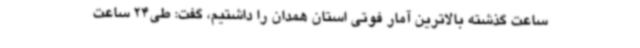
ساعت گذشته بالاترین آمار فوتی استان همدان را داشتیم، گفت: طی24 ساعت